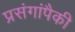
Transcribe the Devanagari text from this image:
प्रसंगांपैकी